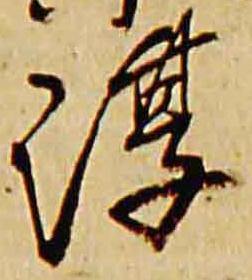
淳